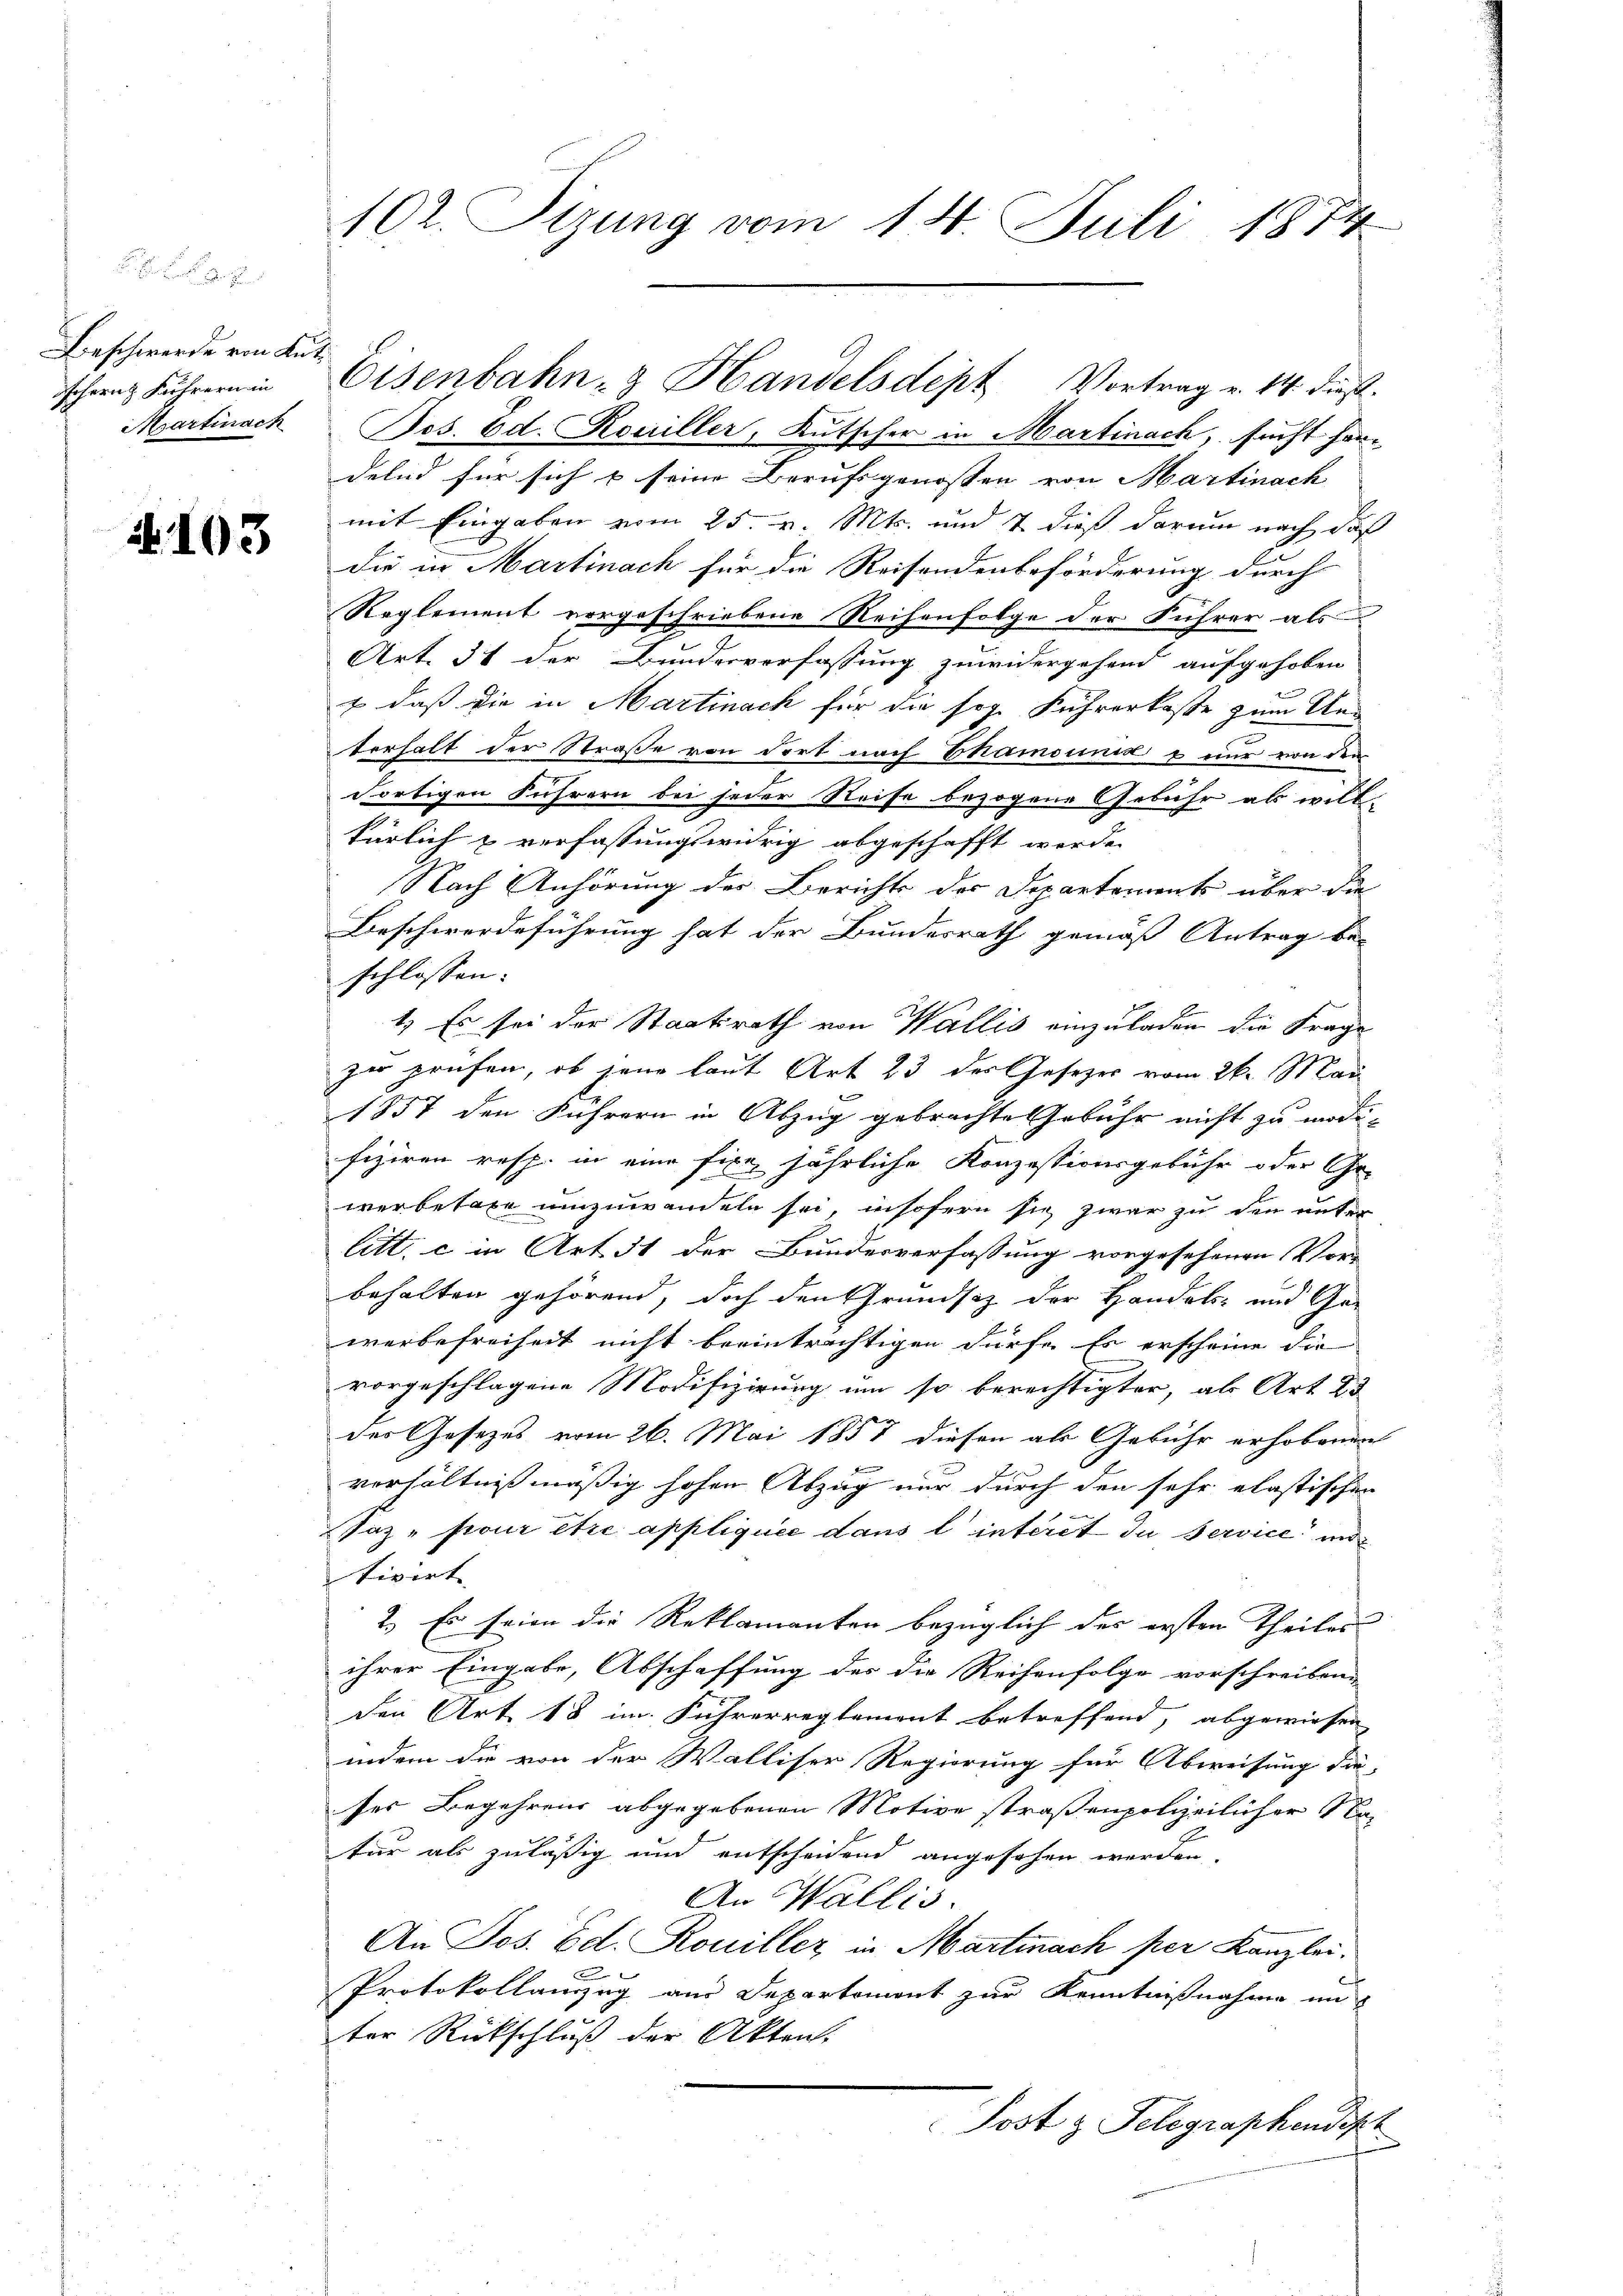
Beschwerde von Lut¬
Martinach

103

102. Sizung vom 14. Juli 1874

Pos. Ed. Rouiller, Kutscher in Martinach, sucht herdelnd für sich u seine Berufsgenossen von Martinach
mit Eingaben vom 25. v. Mts. und 7 dieß darum nach daß
die in Martinach für die Reisendenbeförderung durch
Reglement vorgeschriebene Reihenfolge der Führer als
Art. 31 der Bundesverfassung zuwidergehend aufgehoben
+ daß die in Martinach für die sog. Führerkoste zum Un-
terhalt der Straße von dort nach Chamounis & nur von den
Fortigen Führern bei jeder Reise bezogene Gebühr als willkürlich & verfassungswidrig abgeschafft werde.
Nach Anhörung der Berichts der Departements über die
Beschwerdeführung hat der Bundesrath gemäß Antrag be-
schlossen:
1.) Es sei der Staatsrath von Wallis einzuladen die Frage
zu prüfen, ob jene laut Art 23 der Gesezes vom 26. Mai
1857 den Führern in Abzug gebrachte Gebühr nicht zu modi-
fiziren resp. in eine fixe jährliche Konzessionsgebühr oder Ge-
werbetage umzuwandeln sei, insofern sie zwar zu den unter
litt. c in Art. 351 der Bundesverfassung vorgesehenen Vor-
behalten gehörend, doch den Grundsitz der Handels- und Gewerbefreiheit nicht beeinträchtigen dürfe. Es erscheine die
vorgeschlagene Modifizirung um so berechtigter, als Art 23
der Gesetzes vom 26. Mai 1857 diesen als Gebühr erhobenen
f
verhältnißmäßig hohen Abzug nur durch den sehr elastischen
Saz" pour être appliquée dans l’ intérêt du Service und
tivirt
2.) Es seien die Reklamanten bezüglich des ersten Theiles
ihrer Eingabe, Abschaffung des die Reihenfolge vorschreiben
den Art. 18 im Führerreglement betreffend, abgewiesen,
indem die von der Walliser Regierung für Abweisung die-
ses Begehrens abgegebenen Motive straßenpolizeilicher Nac
tur als zuläßig und entscheidend angesehen werden,
An Wallis.
An Jos. Ed. Rouiller in Martinach per Kanzleir
Protokollanzug aus Departement zur Kenntnißnahme in
ter Rückschluß der Akten.
Post z. Telegraphendept

schweiz Führern in Eisenbahn- & Handelsdept Vortrag u. 14. dieß.